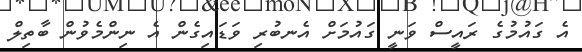
އެ ގައުމުގެ ރައީސް ވަނީ ގައުމަށް އެނބުރި ވަޑައިގެން އެ ނިންމެވުން ބާތިލް